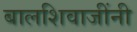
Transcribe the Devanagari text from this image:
बालशिवाजींनी